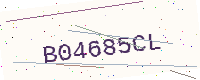
Text: B04685CL